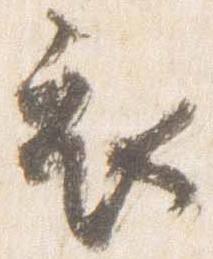
衣